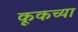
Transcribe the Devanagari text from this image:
कूकच्या